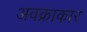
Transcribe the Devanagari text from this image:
अवक्राकार